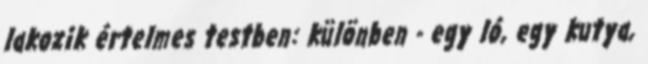
lakozik értelmes testben: különben - egy ló, egy kutya,